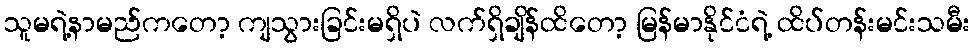
သူမရဲ့နာမည်ကတော့ ကျသွားခြင်းမရှိပဲ လက်ရှိချိန်ထိတော့ မြန်မာနိုင်ငံရဲ့ ထိပ်တန်းမင်းသမီး